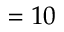
= 1 0